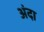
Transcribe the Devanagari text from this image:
अंदा